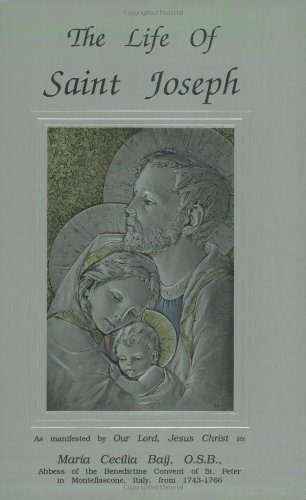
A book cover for The Life of Saint Joseph as manifested by Our Lord, Jesus Christ to Maraia Cecilia Baij, O.S.B.; Maria Cecilia Baij; Christian Books & Bibles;